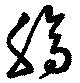
腸